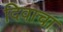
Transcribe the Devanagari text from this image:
दिवाचा